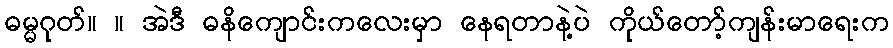
ဓမ္မဂုတ်။ ။ အဲဒီ ဓနိကျောင်းကလေးမှာ နေရတာနဲ့ပဲ ကိုယ်တော့်ကျန်းမာရေးက